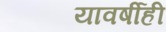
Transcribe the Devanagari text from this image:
यावर्षीही